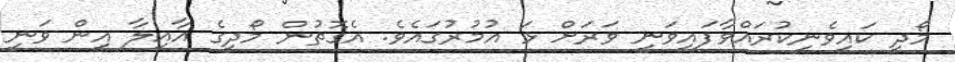
މޯދީ ކައިވެނިކުރައްވާފައިވަނީ ވަރަށް ޅަ އުމުރުގައެވެ. އެގޮތުން މޯދީގެ އާއިލާ އިން ވަނީ